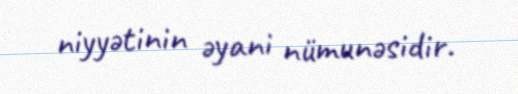
niyyətinin əyani nümunəsidir.